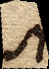
si